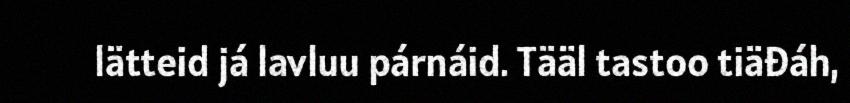
lätteid já lavluu párnáid. Tääl tastoo tiäđáh,